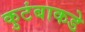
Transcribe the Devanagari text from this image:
कुटंबाकडे